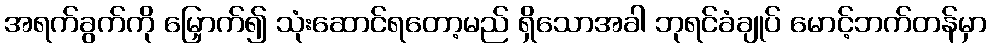
အရက်ခွက်ကို မြှောက်၍ သုံးဆောင်ရတော့မည် ရှိသောအခါ ဘုရင်ခံချုပ် မောင့်ဘက်တန်မှာ